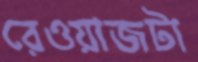
রেওয়াজটা